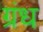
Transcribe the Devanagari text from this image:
ग्रंध